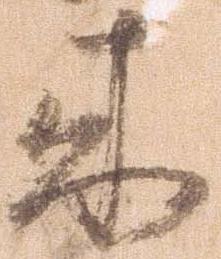
来